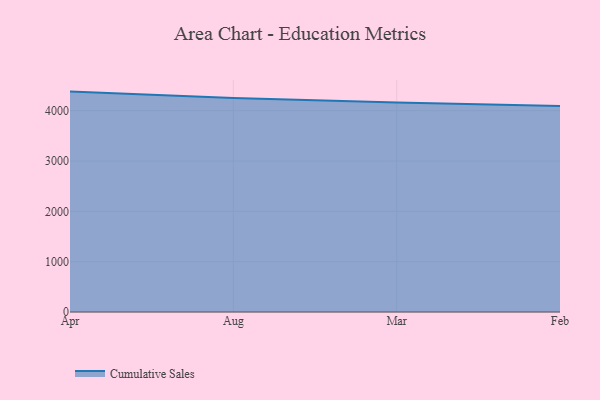
{"axis": {"x": "Month", "y": "Inventory Turnover"}, "legend": ["Cumulative Sales"], "data": [{"x": "Apr", "y": 4378.0, "type": "Cumulative Sales"}, {"x": "Aug", "y": 4253.3, "type": "Cumulative Sales"}, {"x": "Mar", "y": 4161.4, "type": "Cumulative Sales"}, {"x": "Feb", "y": 4093.5, "type": "Cumulative Sales"}]}